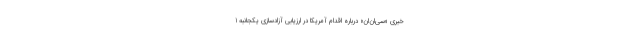
خبری «سی‌ان‌ان» درباره اقدام آمریکا در ارزیابی آزادسازی یکجانبه 1